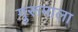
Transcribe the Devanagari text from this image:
गुरूमाला